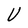
Character: U